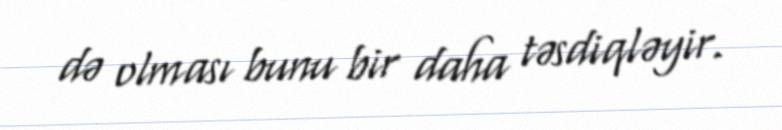
də olması bunu bir daha təsdiqləyir.